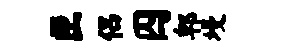
匣侣囚郫墁